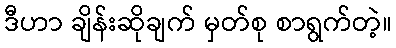
ဒီဟာ ချိန်းဆိုချက် မှတ်စု စာရွက်တဲ့။